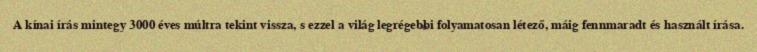
A kínai írás mintegy 3000 éves múltra tekint vissza, s ezzel a világ legrégebbi folyamatosan létező, máig fennmaradt és használt írása.